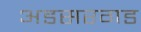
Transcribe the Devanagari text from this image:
अडसरगड